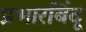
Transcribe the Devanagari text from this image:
प्रभारबिंदू